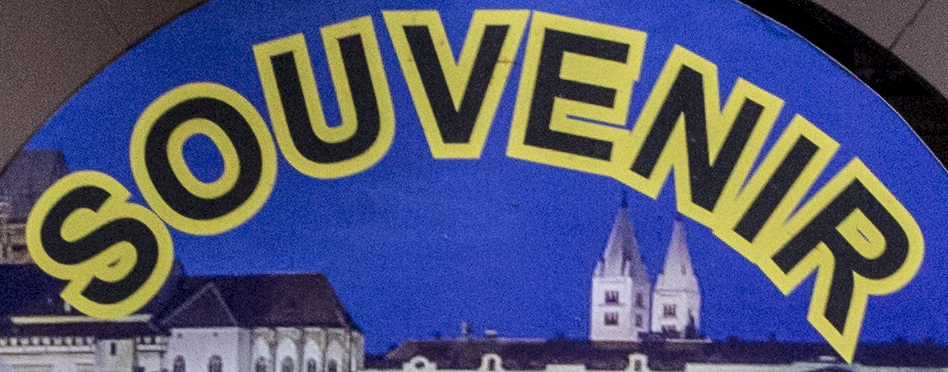
SOUVENIR